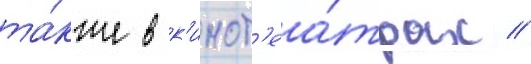
та́кже в к'инот'еа́трах //